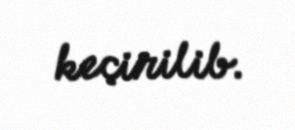
keçirilib.